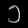
Digit: ၁